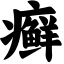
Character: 癣